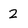
Character: 2